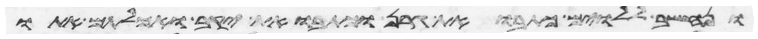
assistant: ונחשב ללוים כתבואת גרן וכתבואת יקב ואכלתם אתו